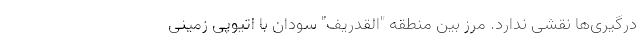
درگیری‌ها نقشی ندارد. مرز بین منطقه "القدریف" سودان با اتیوپی زمینی